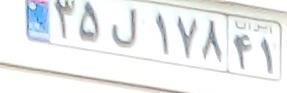
۱۵ل۱۷۸۴۱